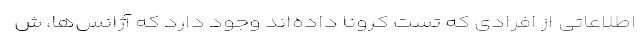
اطلاعاتی از افرادی که تست کرونا داده‌اند وجود دارد که آژانس‌ها، ش